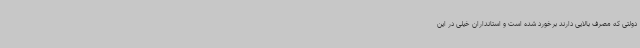
دولتی که مصرف بالایی دارند برخورد شده است و استانداران خیلی در این